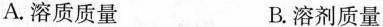
A.溶质质量 B.溶剂质量